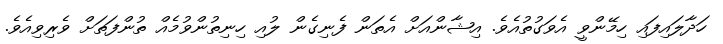
ހަދާލައިފައި ހިމޭންވީ އެވަގުތުއެވެ. އިޝާންއަށް އެތަން ފެނިގެން ލުއި ހިނިތުންވުމެއް ތުންފަތަށް ވެރިވިއެވެ.